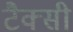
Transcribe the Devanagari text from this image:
टैक्सी